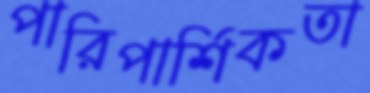
পারিপার্শিকতা